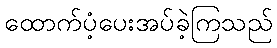
ထောက်ပံ့ပေးအပ်ခဲ့ကြသည်